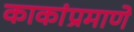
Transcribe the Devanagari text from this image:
काकांप्रमाणे